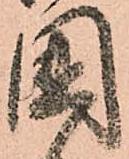
國